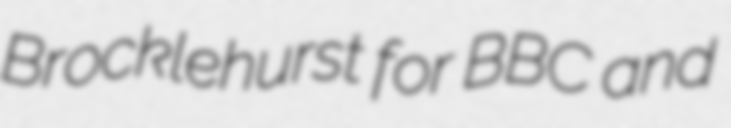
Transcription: Brocklehurst for BBC and